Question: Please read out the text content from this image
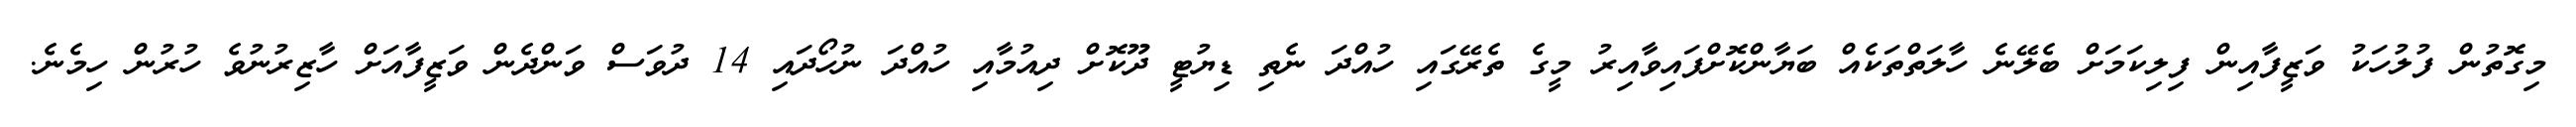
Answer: މިގޮތުން ފުލުހަކު ވަޒީފާއިން ފިލިކަމަށް ބެލޭނެ ހާލަތްތަކެއް ބަޔާންކޮށްފައިވާއިރު މީގެ ތެރޭގައި ހުއްދަ ނެތި ޑިޔުޓީ ދޫކޮށް ދިއުމާއި ހުއްދަ ނުހޯދައި 14 ދުވަސް ވަންދެން ވަޒީފާއަށް ހާޒިރުނުވެ ހުރުން ހިމެނެ.